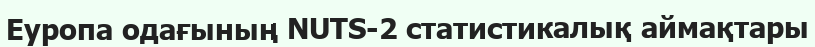
Еуропа одағының NUTS-2 статистикалық аймақтары